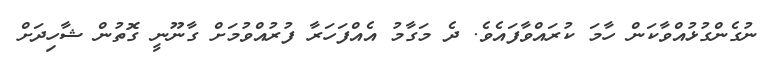
ނުގެންގުޅުއްވާކަން ހާމަ ކުރައްވާފައެވެ. ދެ މަގާމު އެއްފަހަރާ ފުރުއްވުމަށް ގާނޫނީ ގޮތުން ޝާހިދަށް